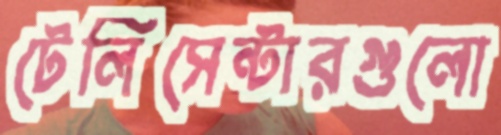
টেলিসেন্টারগুলো